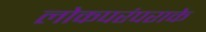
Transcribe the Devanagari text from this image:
लोकपरंपराके